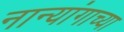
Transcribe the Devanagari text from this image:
नान्यांगाच्या